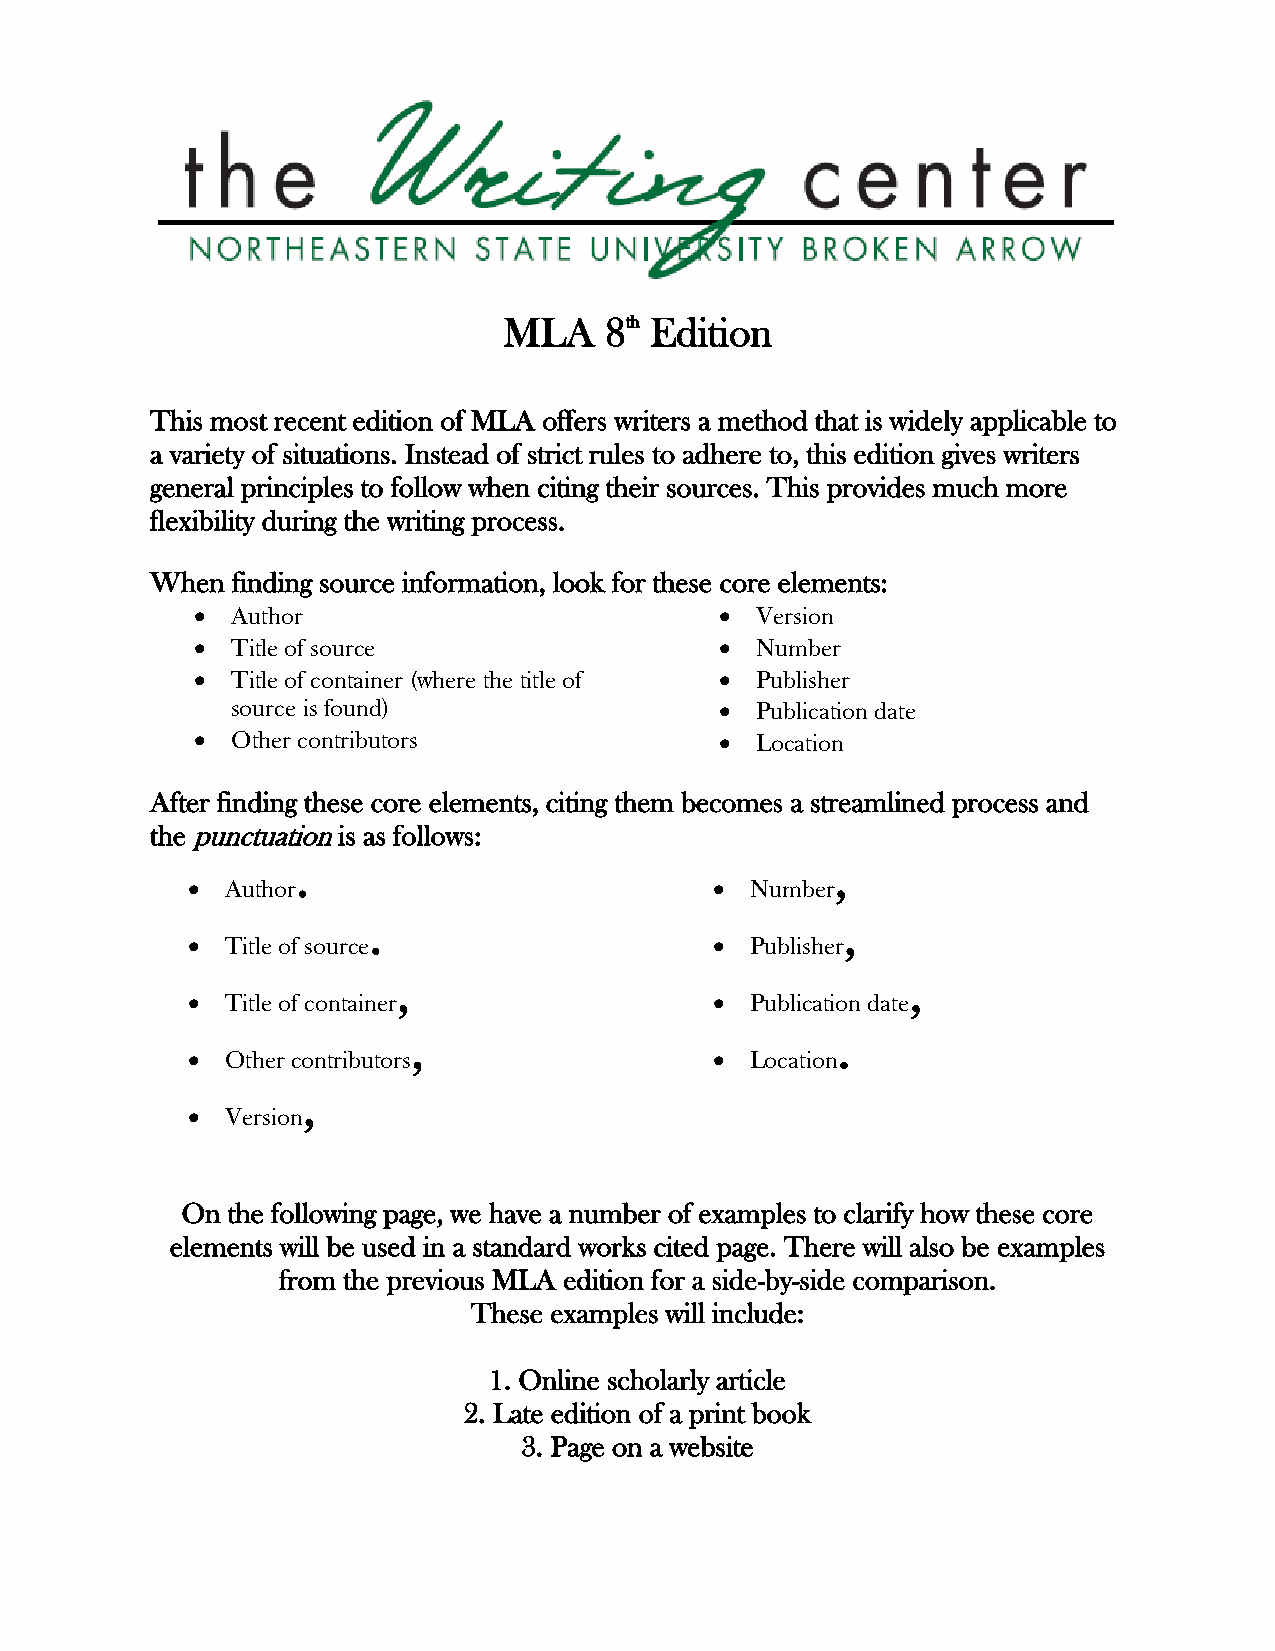
MLA    8th Edition
 This most recent edition of MLA offers writers a method that is widely applicable to
 a variety of situations. Instead of strict rules to adhere to, this edition gives writers
 general principles to follow when citing their sources. This provides much more
 flexibility during the writing process.
 When finding source information, look for these core elements:
  Author                            Version
  Title of source                   Number
  Title of container (where the title of  Publisher
 source is found)                  Publication date
  Other contributors                Location
 After finding these core elements, citing them becomes a streamlined process and
 the punctuation is as follows:
 .                                  ,
   Author                            Number
 .                               ,
   Title of source                   Publisher
 ,                                 ,
   Title of container                Publication date
 ,                           .
   Other contributors                Location
 ,
   Version
 On the following page, we have a number of examples to clarify how these core
 elements will be used in a standard works cited page. There will also be examples
 from the previous MLA edition for a side-by-side comparison.
 These examples will include:
 1. Online scholarly article
 2. Late edition of a print book
 3. Page on a website